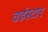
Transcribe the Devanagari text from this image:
वर्डस्‍टार